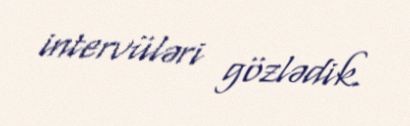
intervüləri gözlədik.